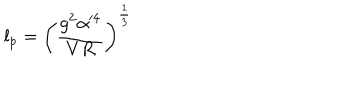
l _ { p } = \left( \frac { g ^ { 2 } \alpha ^ { 4 } } { V R } \right) ^ { \frac { 1 } { 3 } }